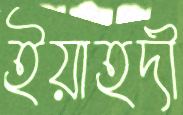
ইয়াহদী